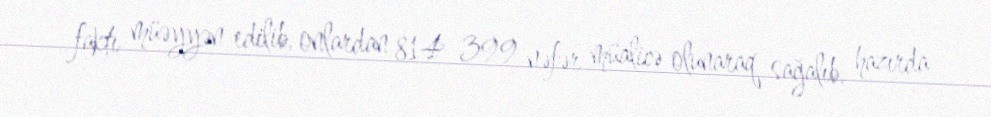
faktı müəyyən edilib, onlardan 814 399 nəfər müalicə olunaraq sağalıb, hazırda